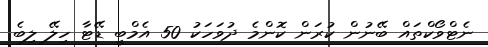
ނެޓްވޯކްތައް ބޭނުން ކުރަން ކޮންމެ ދުވަހަކު 50 އެމްބީ ޑޭޓާ ހިލޭ ލިބެ